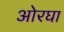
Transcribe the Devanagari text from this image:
ओरघा